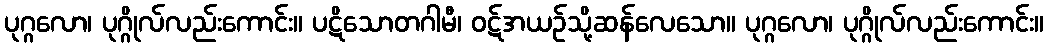
ပုဂ္ဂလော၊ ပုဂ္ဂိုလ်လည်းကောင်း။ ပဋိသောတဂါမီ၊ ဝဋ်အယဉ်သို့ဆန်လေသော။ ပုဂ္ဂလော၊ ပုဂ္ဂိုလ်လည်းကောင်း။